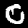
Digit: 0